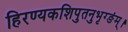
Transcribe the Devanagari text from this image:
हिरण्यकशिपुतनुभृग्ङंम्।